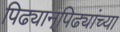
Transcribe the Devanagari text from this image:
पिढ्यान्‌पिढ्यांच्या